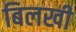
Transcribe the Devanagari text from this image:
बिलखी